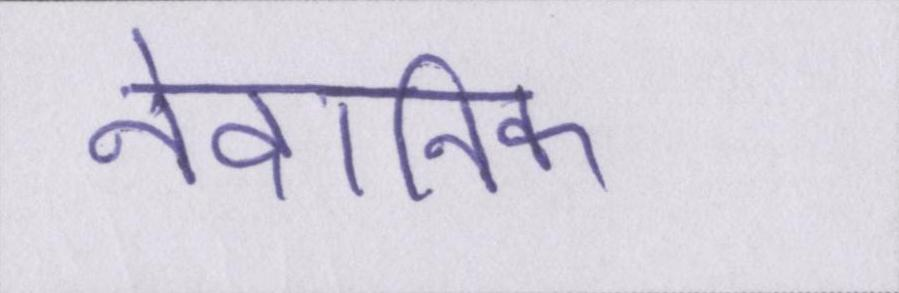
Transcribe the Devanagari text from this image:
नैदानिक